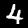
Label: 4